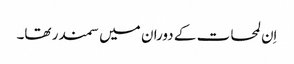
اِن لمحات کے دوران میں سمندر تھا۔